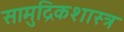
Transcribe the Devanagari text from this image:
सामुद्रिकशास्त्र